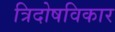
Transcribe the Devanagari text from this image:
त्रिदोषविकार